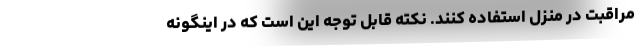
مراقبت در منزل استفاده کنند. نکته قابل توجه این است که در اینگونه